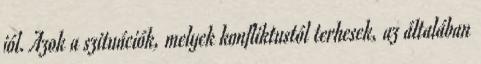
jól. Azok a szituációk, melyek konfliktustól terhesek, az általában